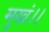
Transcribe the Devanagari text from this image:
मुखं।।